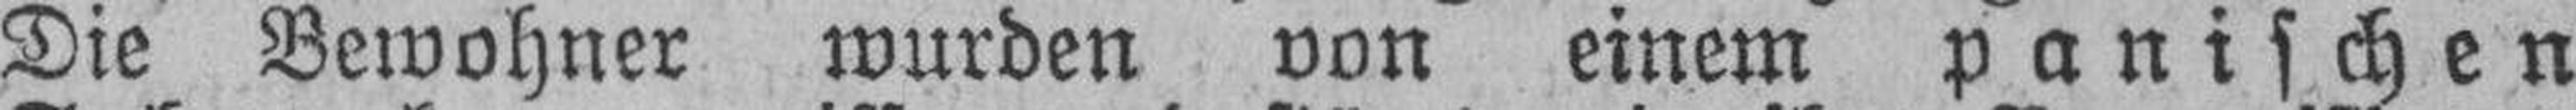
Die Bewohner wurden von einem panischen